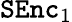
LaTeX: \mathtt{SEnc}_{1}